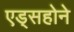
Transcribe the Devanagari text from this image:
एड्सहोने